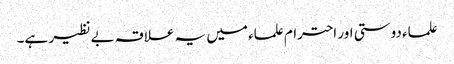
علماء دوستی اور احترام علماء میں یہ علاقہ بے نظیر ہے۔